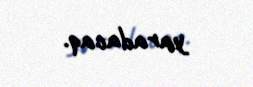
yaradacaq.